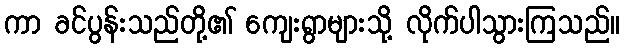
ကာ ခင်ပွန်းသည်တို့၏ ကျေးရွာများသို့ လိုက်ပါသွားကြသည်။